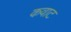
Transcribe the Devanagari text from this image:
कवाट